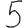
Digit: 5